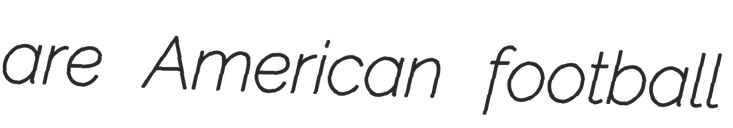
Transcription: are American football